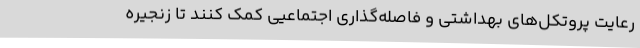
رعایت پروتکل‌های بهداشتی و فاصله‌گذاری اجتماعیی کمک کنند تا زنجیره